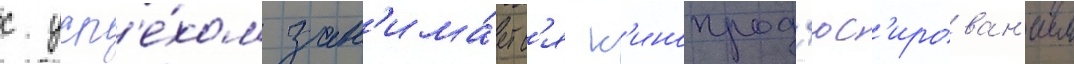
с усп'е́хом зан'има́етс'я к'инопрод'юс'ирован'ием